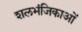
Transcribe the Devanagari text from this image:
शलभंजिकाओं